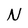
Character: N